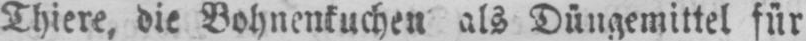
Thiere, die Bohnenkuchen als Düngemittel für